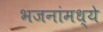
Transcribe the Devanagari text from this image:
भजनांमध्ये